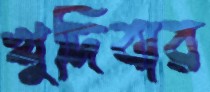
খুদিবার